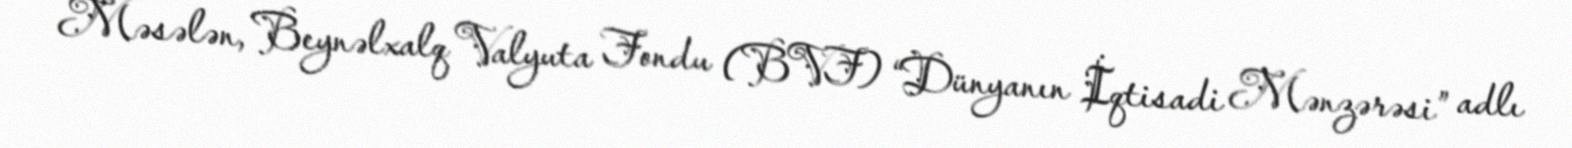
Məsələn, Beynəlxalq Valyuta Fondu (BVF) “Dünyanın İqtisadi Mənzərəsi” adlı